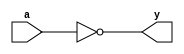
// the logic is not(a)=nand(a,a)

module notgate (
    a,y
);
    input a;
    output y;
    nand (y,a,a);
endmodule